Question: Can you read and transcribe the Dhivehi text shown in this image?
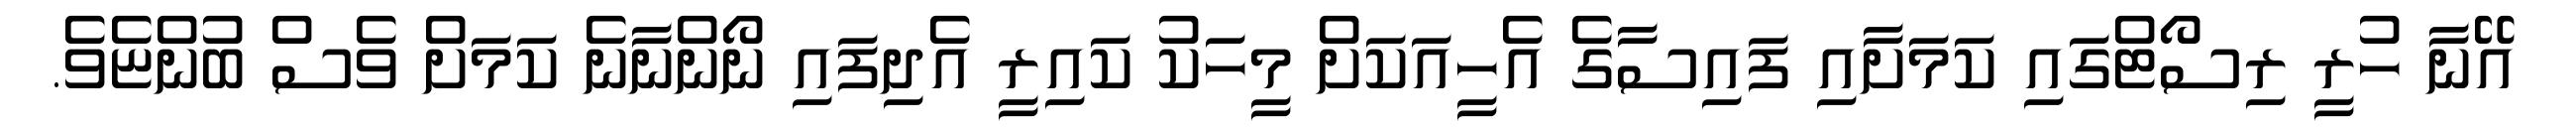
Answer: އޭނާ ހުރީ ރިސޯޓްގައި ކަމަށާއި ފައިސާގެ އެހީއަކަށް މީހަކު ކައިރީ އެދިފައި ނޯންނާނެ ކަމަށް ވެސް ބުންޏެވެ.